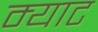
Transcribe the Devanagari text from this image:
म्याट